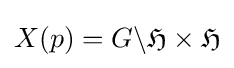
X(p)=G\backslash {\mathfrak {H}}\times {\mathfrak {H}}